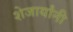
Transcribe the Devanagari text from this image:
शेजार्यांनी